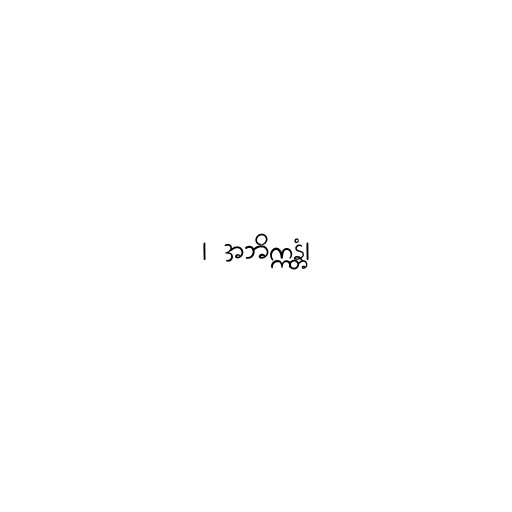
၊ အဘိက္ကန္တံ၊